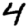
Digit: 4